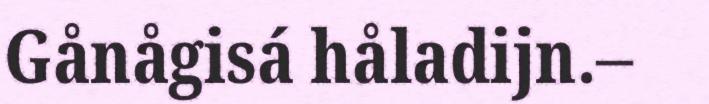
Gånågisá håladijn.–